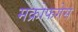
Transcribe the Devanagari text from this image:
मक्रोफगेस